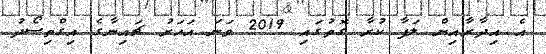
އެ އިދާރާއިން ލަފާ ކުރާ ގޮތުގައި 2019 ވަނަ އަހަރު ޗައިނާގެ އިގްތިސޯދު